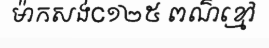
ម៉ាកសង់C១២៥ ពណ៌ខ្មៅ